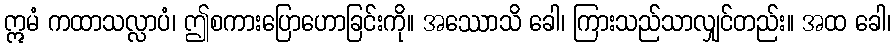
ဣမံ ကထာသလ္လာပံ၊ ဤစကားပြောဟောခြင်းကို။ အဿောသိ ခေါ၊ ကြားသည်သာလျှင်တည်း။ အထ ခေါ၊